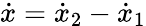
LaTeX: \dot{x}=\dot{x}_{2}-\dot{x}_{1}